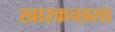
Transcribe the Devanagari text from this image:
खारकच्छला